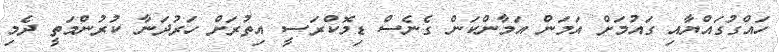
ހައްގުގައްޔާއި ގައުމަށް އަމަން އަމާންކަން ގެނެސް ޑިމޮކްރަސީ އިތުރަށް ހަރުދަނާ ކުރުންމަތީ ދެމި